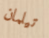
تيلمان